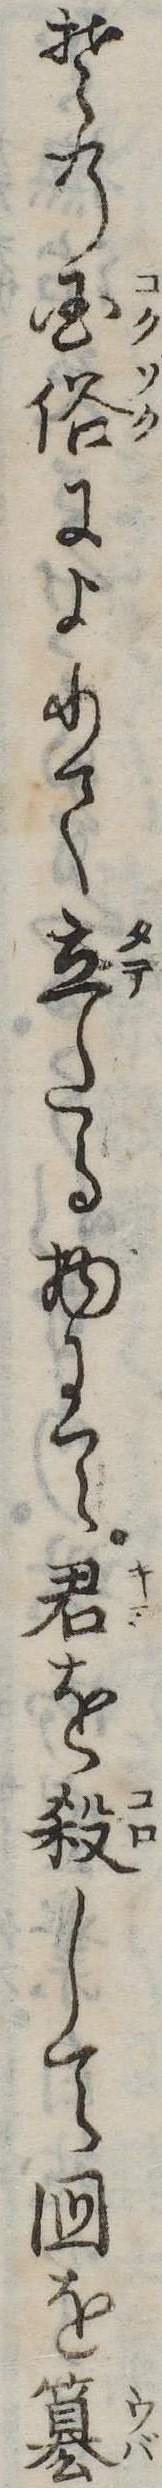
その国俗によりて立たる物にて君を殺して国を簒